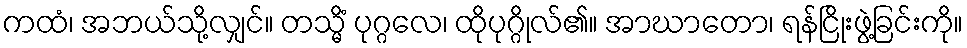
ကထံ၊ အဘယ်သို့လျှင်။ တသ္မိံ ပုဂ္ဂလေ၊ ထိုပုဂ္ဂိုလ်၏။ အာဃာတော၊ ရန်ငြိုးဖွဲ့ခြင်းကို။